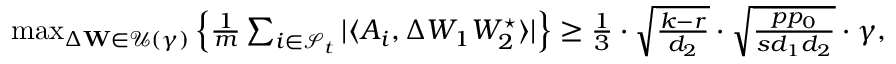
\begin{array} { r } { \operatorname* { m a x } _ { \Delta \mathbf { W } \in \mathcal { U } ( \gamma ) } \left\{ \frac { 1 } { m } \sum _ { i \in { \mathcal { S } _ { t } } } | \langle A _ { i } , \Delta W _ { 1 } W _ { 2 } ^ { \star } \rangle | \right\} \geq \frac { 1 } { 3 } \cdot \sqrt { \frac { k - r } { d _ { 2 } } } \cdot \sqrt { \frac { p p _ { 0 } } { s d _ { 1 } d _ { 2 } } } \cdot \gamma , } \end{array}